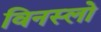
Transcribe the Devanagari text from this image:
विनस्‍लो